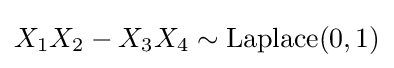
X_{1}X_{2}-X_{3}X_{4}\sim {\textrm {Laplace}}(0,1)